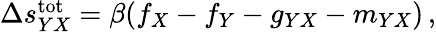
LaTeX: \begin{array}{r}{\Delta s_{YX}^{\mathrm{tot}}=\beta(f_{X}-f_{Y}-g_{YX}-m_{YX})\, ,}\end{array}